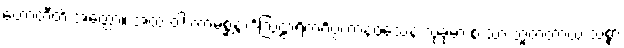
ဟောတီတိ အတ္ထော။ အထ ဝါ ကာမစ္ဆန္ဒာဒိဩဠာရိကင်္ဂပ္ပဟာနဝသေန သုခုမာ စ သာ ဘူတတာယ သစ္စာ